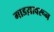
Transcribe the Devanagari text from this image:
गाडय़ावरून